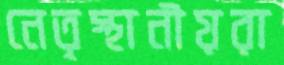
নেতৃস্থানীয়রা